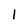
Character: I